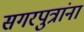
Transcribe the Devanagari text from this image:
सगरपुत्रांना